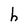
Character: h